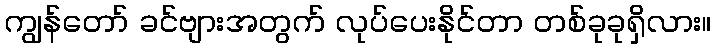
ကျွန်တော် ခင်ဗျားအတွက် လုပ်ပေးနိုင်တာ တစ်ခုခုရှိလား။